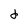
Character: d